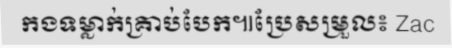
កងទម្លាក់គ្រាប់បែក៕ប្រែសម្រួល៖ Zac